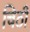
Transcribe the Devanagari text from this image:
चिठी